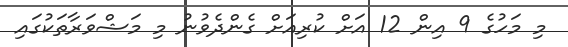
މި މަހުގެ 9 އިން 12 އަށް ކުރިއަށް ގެންދެވުނު މި މަޝްވަރާތަކުގައި